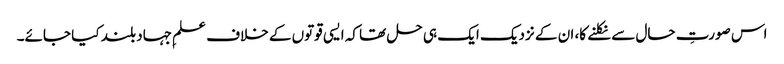
اس صورتِ حال سے نکلنے کا، ان کے نزدیک ایک ہی حل تھا کہ ایسی قوتوں کے خلاف علمِ جہاد بلند کیا جائے۔